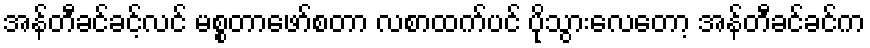
အန်တီခင်ခင့်လင် မစ္စတာဖော်စတာ လစာထက်ပင် ပိုသွားလေတော့ အန်တီခင်ခင်က